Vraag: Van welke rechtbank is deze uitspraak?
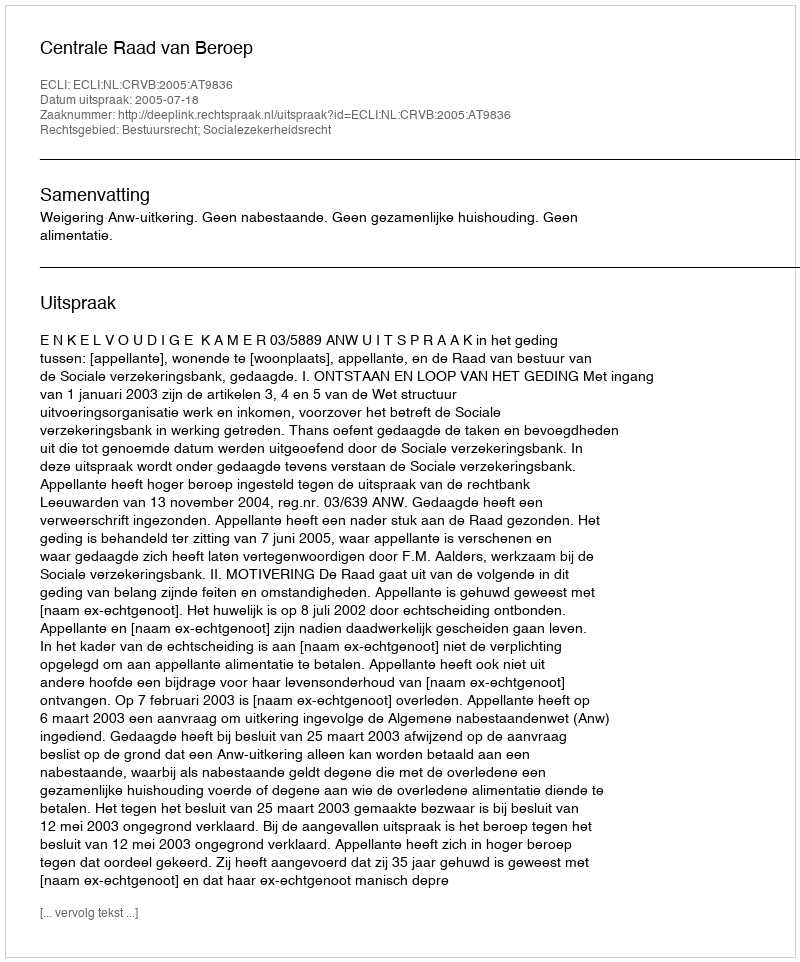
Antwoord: Centrale Raad van Beroep